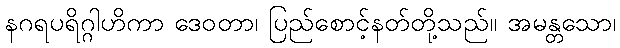
နဂရပရိဂ္ဂါဟိကာ ဒေဝတာ၊ ပြည်စောင့်နတ်တို့သည်။ အမန္တသော၊